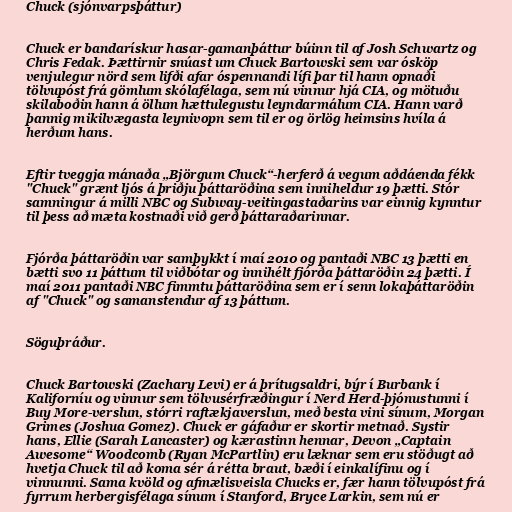
Chuck (sjónvarpsþáttur)

Chuck er bandarískur hasar-gamanþáttur búinn til af Josh Schwartz og
Chris Fedak. Þættirnir snúast um Chuck Bartowski sem var ósköp
venjulegur nörd sem lifði afar óspennandi lífi þar til hann opnaði
tölvupóst frá gömlum skólafélaga, sem nú vinnur hjá CIA, og mötuðu
skilaboðin hann á öllum hættulegustu leyndarmálum CIA. Hann varð
þannig mikilvægasta leynivopn sem til er og örlög heimsins hvíla á
herðum hans.

Eftir tveggja mánaða „Björgum Chuck“-herferð á vegum aðdáenda fékk
"Chuck" grænt ljós á þriðju þáttaröðina sem inniheldur 19 þætti. Stór
samningur á milli NBC og Subway-veitingastaðarins var einnig kynntur
til þess að mæta kostnaði við gerð þáttaraðarinnar.

Fjórða þáttaröðin var samþykkt í maí 2010 og pantaði NBC 13 þætti en
bætti svo 11 þáttum til viðbótar og innihélt fjórða þáttaröðin 24 þætti. Í
maí 2011 pantaði NBC fimmtu þáttaröðina sem er í senn lokaþáttaröðin
af "Chuck" og samanstendur af 13 þáttum.

Söguþráður.

Chuck Bartowski (Zachary Levi) er á þrítugsaldri, býr í Burbank í
Kaliforníu og vinnur sem tölvusérfræðingur í Nerd Herd-þjónustunni í
Buy More-verslun, stórri raftækjaverslun, með besta vini sínum, Morgan
Grimes (Joshua Gomez). Chuck er gáfaður er skortir metnað. Systir
hans, Ellie (Sarah Lancaster) og kærastinn hennar, Devon „Captain
Awesome“ Woodcomb (Ryan McPartlin) eru læknar sem eru stöðugt að
hvetja Chuck til að koma sér á rétta braut, bæði í einkalífinu og í
vinnunni. Sama kvöld og afmælisveisla Chucks er, fær hann tölvupóst frá
fyrrum herbergisfélaga sínum í Stanford, Bryce Larkin, sem nú er